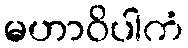
မဟာဝိပါကံ